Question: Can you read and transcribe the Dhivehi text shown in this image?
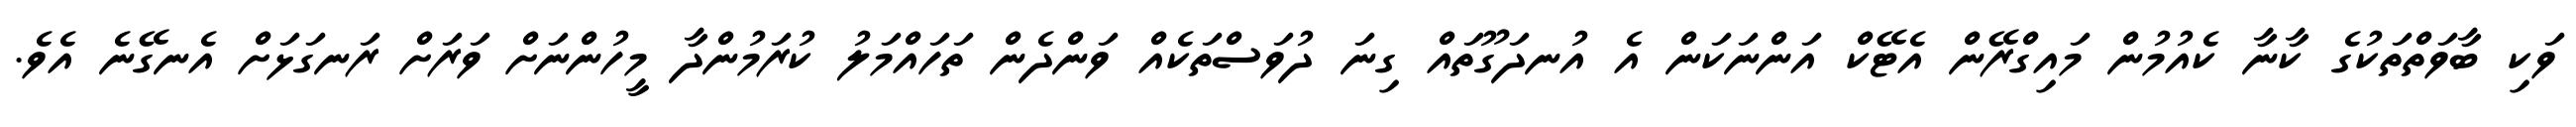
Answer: ވަކި ބާވަތްތަކުގެ ކާނާ ކެއުމުން މައިގްރޭން އެޓޭކް އަންނަކަން އެ އުނދަގޫތައް ގިނަ ދުވަސްތަކެއް ވަންދެން ތަހައްމަލު ކުރަމުންދާ މީހުންނަށް ވަރަށް ރަނގަޅަށް އެނގޭނެ އެވެ.